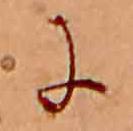
に